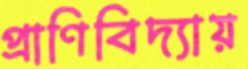
প্রাণিবিদ্যায়